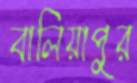
বালিয়াপুর